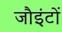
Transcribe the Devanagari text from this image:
जौइंटों